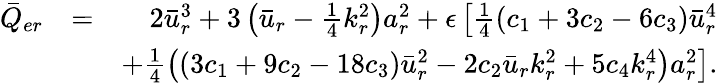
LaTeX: \begin{array}{rlr}{\bar{Q}_{er}}&{=}&{2\bar{u}_{r}^{3}+3\left(\bar{u}_{r}-\frac{1}{4}k_{r}^{2}\right)a_{r}^{2}+\epsilon\left[\frac{1}{4}\left(c_{1}+3c_{2}-6c_{3}\right)\bar{u}_{r}^{4}\right.}\\ &{}&{\left.\mathrm+\frac{1}{4}\left(\left(3c_{1}+9c_{2}-18c_{3}\right)\bar{u}_{r}^{2}-2c_{2}\bar{u}_{r}k_{r}^{2}+5c_{4}k_{r}^{4}\right)a_{r}^{2}\right].}\end{array}